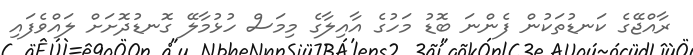
ރާއްޖޭގެ ކަނޑުތަކުން ފެންނަ ބޮޑު މަހުގެ އާއިލާގެ މިމަސް ހުޅުމާލޭ ގޮނޑުދޮށަށް ލައްވެފައި